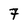
Character: 7